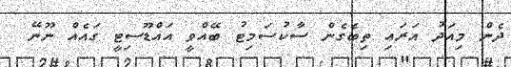
ދެން މިއަދު އަރައި ތިބެގެން ސާކުސަމިޓު ބޭއްވީ އައްޑޫސިޓީ ގައެއް ނޫނޭ